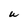
Character: W